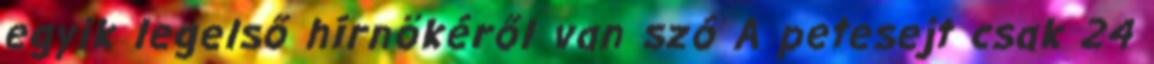
egyik legelső hírnökéről van szó A petesejt csak 24